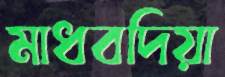
মাধবদিয়া